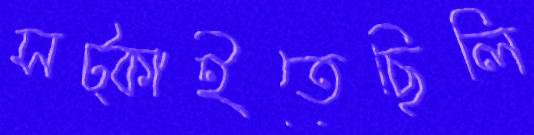
সট্‌কাইতেছিলি